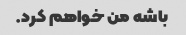
باشه من خواهم کرد.